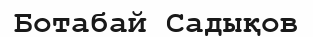
Ботабай Садықов